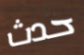
حدث